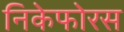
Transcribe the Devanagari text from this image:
निकेफोरस